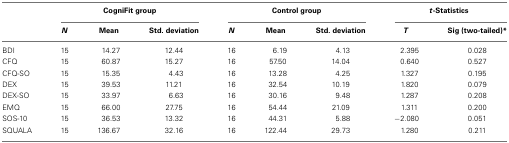
|  | <COLSPAN=3> CogniFit group | <COLSPAN=3> Control group | <COLSPAN=2> t-Statistics |
 |  | N | Mean | Std. deviation | N | Mean | Std. deviation | T | Sig (two-tailed)* |
 | --- | --- | --- | --- | --- | --- | --- | --- | --- |
 | BDI | 15 | 14.27 | 12.44 | 16 | 6.19 | 4.13 | 2.395 | 0.028 |
 | CFQ | 15 | 60.87 | 15.27 | 16 | 57.50 | 14.04 | 0.640 | 0.527 |
 | CFQ-SO | 15 | 15.35 | 4.43 | 16 | 13.28 | 4.25 | 1.327 | 0.195 |
 | DEX | 15 | 39.53 | 11.21 | 16 | 32.54 | 10.19 | 1.820 | 0.079 |
 | DEX-SO | 15 | 33.97 | 6.63 | 16 | 30.16 | 9.48 | 1.287 | 0.208 |
 | EMQ | 15 | 66.00 | 27.75 | 16 | 54.44 | 21.09 | 1.311 | 0.200 |
 | SOS-10 | 15 | 36.53 | 13.32 | 16 | 44.31 | 5.88 | −2.080 | 0.051 |
 | SQUALA | 15 | 136.67 | 32.16 | 16 | 122.44 | 29.73 | 1.280 | 0.211 |